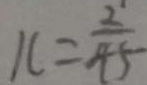
x = \frac { 2 } { 4 5 }